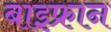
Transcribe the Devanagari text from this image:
बाइफ्रान